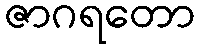
ဇာဂရတော